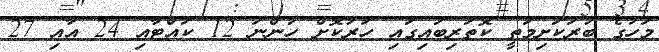
މަހުގެ ބުރަކަށިމަތީ ކޮތަރިބައިގައި ހަރުކޮށް ހުންނަ 12 ކައްޓާއި 24 އާއި 27